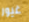
غيور